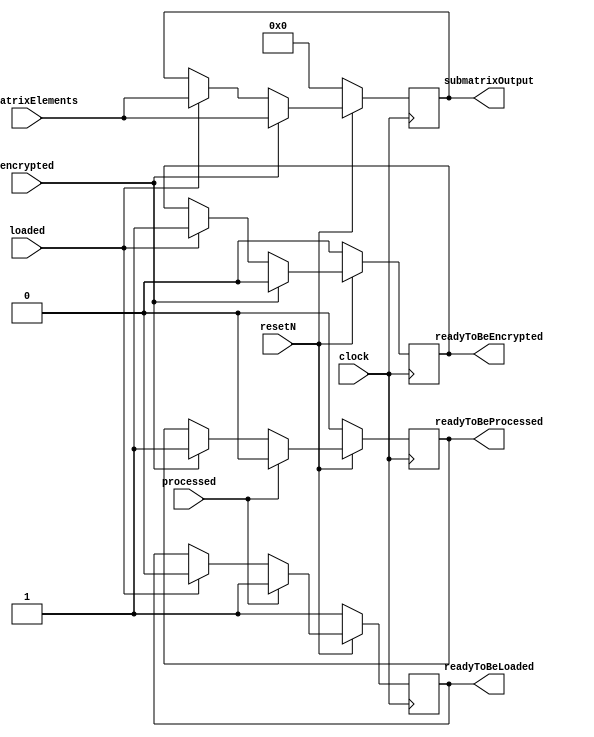
//Modified register used to store a submatrix
//Encryption is performed directly on this register
//"loaded" indicates a new submatrix is ready to be inserted into the register
//"processed" indicates the submatrix has been inserted into the encrypted image
//"encrypted" indicates the submatrix has been replaced with its encrypted version
//"submatrixElements" is used to input new submatrices into the register
//"submatrixOutput" is used to output the current submatrix 
//"readyToBeLoaded" indicates if the current submatrix is ready to be replaced by a new (unencrypted)submatrix
//"readyToBeProcessed" indicates if the submatrix is ready to be inserted into the encrypted image
//"readyToBeEncrypted" indicates the submatrix is ready to be replaced by its encrypted version
module Submatrix
(
	clock, 
	resetN, 
	loaded, 
	processed, 
	encrypted, 
	submatrixElements,
	readyToBeLoaded,
	readyToBeProcessed,
	readyToBeEncrypted,
	submatrixOutput
);

input clock;
input resetN;
input loaded;
input processed;
input encrypted;
input [15:0] submatrixElements;
output reg readyToBeLoaded;
output reg readyToBeProcessed;
output reg readyToBeEncrypted;
output reg [15:0] submatrixOutput;

always@(posedge clock)
begin
	if (!resetN)
	begin
		submatrixOutput <= 0; //If reset, the submatrix empties itself and prepares to accept new input
		readyToBeLoaded <= 1;
		readyToBeProcessed <= 0;
		readyToBeEncrypted <= 0;
	end
	
	else
	begin
		if (loaded == 1) //If new data is ready to be loaded, set the register and then let the submatrix creator know the submatrix isn't currently accepting new data
		begin
			submatrixOutput <= submatrixElements;
			readyToBeLoaded <= 0;
			readyToBeEncrypted <= 1; //The submatrix is ready to be encrypted
		end
		if (encrypted == 1) //If the submatrix in the register is ready to be replaced with its encrypted version
		begin
			submatrixOutput <= submatrixElements;
			readyToBeEncrypted <= 0;
			readyToBeProcessed <= 1; //The submatrix is ready to be inserted into the encrypted image
		end
		if (processed == 1) //If the submatrix has been succesfully inserted into the encrypted image
		begin
		   readyToBeProcessed <= 0;
			readyToBeLoaded <= 1;
		end
	end
	
end
endmodule